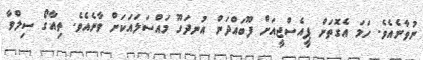
ނުވާނެއެވެ. ހަމަ އެގޮތަށް ޕީއެސްޖީއަށް ފޫބައްދަން އުނދަގޫ މައްސަލައަކަށް ވާނެއެވެ. ތިއާގޯ ސިލްވާ